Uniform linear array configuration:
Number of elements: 12
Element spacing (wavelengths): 1
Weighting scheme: blackman
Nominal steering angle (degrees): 30
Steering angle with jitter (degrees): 30.998
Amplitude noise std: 0.05
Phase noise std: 0.05

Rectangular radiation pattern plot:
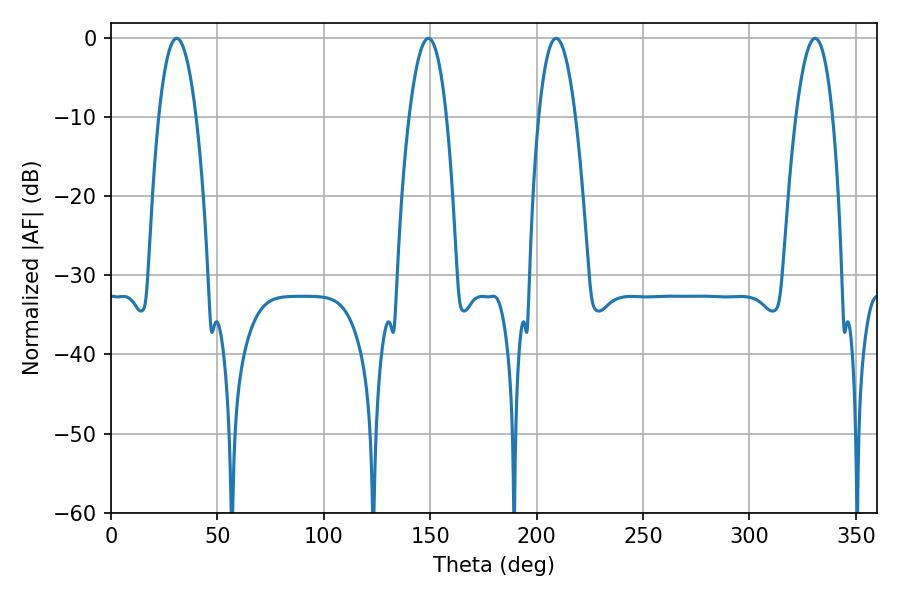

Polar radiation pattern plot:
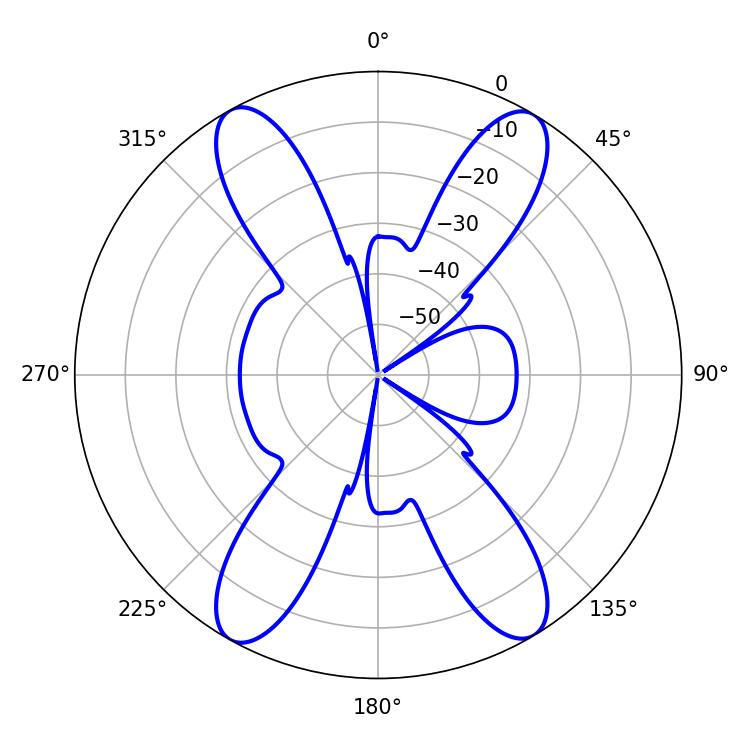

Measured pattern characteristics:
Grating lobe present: TRUE
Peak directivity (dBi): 22.395
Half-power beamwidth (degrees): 9.54
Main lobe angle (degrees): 209.16